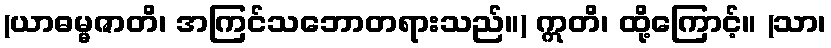
(ယာဓမ္မဇာတိ၊ အကြင်သဘောတရားသည်။) ဣတိ၊ ထို့ကြောင့်။ (သာ၊